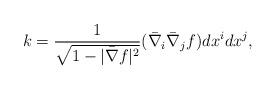
LaTeX: \begin{align*}k = \frac{1}{\sqrt{1-|\bar{\nabla} f|^2}}(\bar{\nabla}_i\bar{\nabla}_j f )dx^i dx^j,\end{align*}